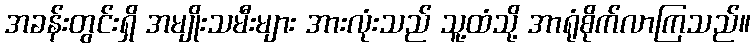
အခန်းတွင်းရှိ အမျိုးသမီးများ အားလုံးသည် သူ့ထံသို့ အာရုံစိုက်လာကြသည်။